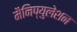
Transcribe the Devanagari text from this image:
मैनिप्युलेशन